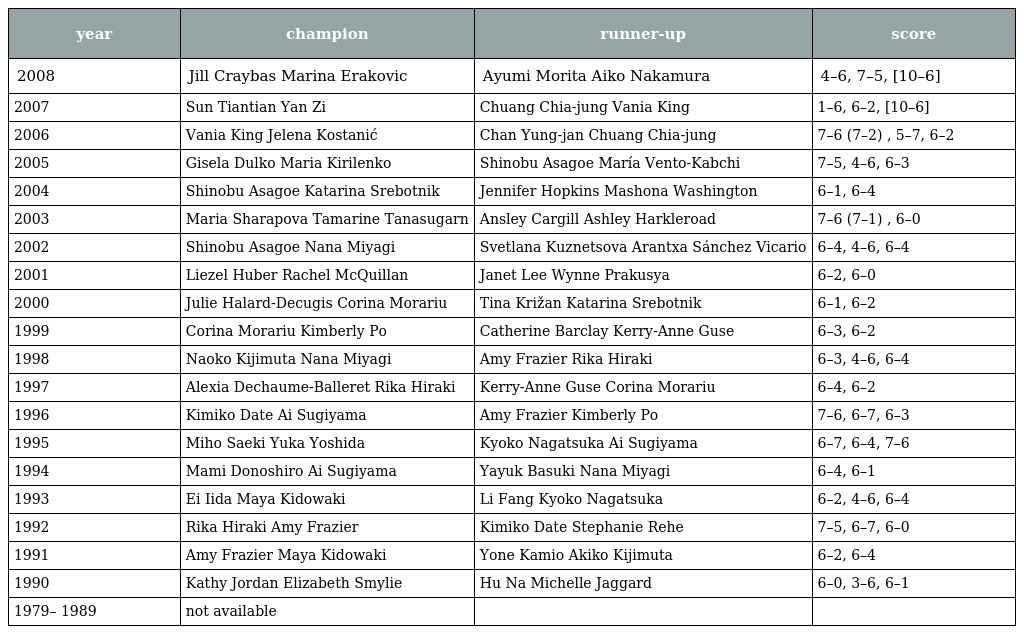
| year | champion | runner-up | score |
 | --- | --- | --- | --- |
 | 2008 | Jill Craybas Marina Erakovic | Ayumi Morita Aiko Nakamura | 4–6, 7–5, [10–6] |
 | 2007 | Sun Tiantian Yan Zi | Chuang Chia-jung Vania King | 1–6, 6–2, [10–6] |
 | 2006 | Vania King Jelena Kostanić | Chan Yung-jan Chuang Chia-jung | 7–6 (7–2) , 5–7, 6–2 |
 | 2005 | Gisela Dulko Maria Kirilenko | Shinobu Asagoe María Vento-Kabchi | 7–5, 4–6, 6–3 |
 | 2004 | Shinobu Asagoe Katarina Srebotnik | Jennifer Hopkins Mashona Washington | 6–1, 6–4 |
 | 2003 | Maria Sharapova Tamarine Tanasugarn | Ansley Cargill Ashley Harkleroad | 7–6 (7–1) , 6–0 |
 | 2002 | Shinobu Asagoe Nana Miyagi | Svetlana Kuznetsova Arantxa Sánchez Vicario | 6–4, 4–6, 6–4 |
 | 2001 | Liezel Huber Rachel McQuillan | Janet Lee Wynne Prakusya | 6–2, 6–0 |
 | 2000 | Julie Halard-Decugis Corina Morariu | Tina Križan Katarina Srebotnik | 6–1, 6–2 |
 | 1999 | Corina Morariu Kimberly Po | Catherine Barclay Kerry-Anne Guse | 6–3, 6–2 |
 | 1998 | Naoko Kijimuta Nana Miyagi | Amy Frazier Rika Hiraki | 6–3, 4–6, 6–4 |
 | 1997 | Alexia Dechaume-Balleret Rika Hiraki | Kerry-Anne Guse Corina Morariu | 6–4, 6–2 |
 | 1996 | Kimiko Date Ai Sugiyama | Amy Frazier Kimberly Po | 7–6, 6–7, 6–3 |
 | 1995 | Miho Saeki Yuka Yoshida | Kyoko Nagatsuka Ai Sugiyama | 6–7, 6–4, 7–6 |
 | 1994 | Mami Donoshiro Ai Sugiyama | Yayuk Basuki Nana Miyagi | 6–4, 6–1 |
 | 1993 | Ei Iida Maya Kidowaki | Li Fang Kyoko Nagatsuka | 6–2, 4–6, 6–4 |
 | 1992 | Rika Hiraki Amy Frazier | Kimiko Date Stephanie Rehe | 7–5, 6–7, 6–0 |
 | 1991 | Amy Frazier Maya Kidowaki | Yone Kamio Akiko Kijimuta | 6–2, 6–4 |
 | 1990 | Kathy Jordan Elizabeth Smylie | Hu Na Michelle Jaggard | 6–0, 3–6, 6–1 |
 | 1979– 1989 | not available |  |  |